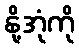
နို့အုံကို